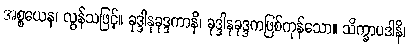
အစ္စယေန၊ လွန်သဖြင့်။ ခုဒ္ဒါနုခုဒ္ဒကာနိ၊ ခုဒ္ဒါနုခုဒ္ဒကဖြစ်ကုန်သော။ သိက္ခာပဒါနိ၊